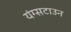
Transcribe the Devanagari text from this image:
यंग्सटाउन